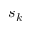
s _ { k }